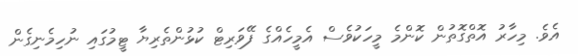
އެވެ. މިހާރު އޮތްގޮތުން ކޮންމެ މީހަކުވެސް އެމީހެއްގެ ފޭވަރިޓް ކުޅުންތެރިޔާ ޓީމުގައި ނުހިމެނިގެން